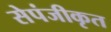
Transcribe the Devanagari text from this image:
सेपंजीकृत